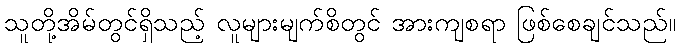
သူတို့အိမ်တွင်ရှိသည့် လူများမျက်စိတွင် အားကျစရာ ဖြစ်စေချင်သည်။